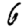
Digit: 6